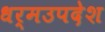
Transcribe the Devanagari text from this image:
धर्मउपदेश